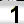
Digit: 1